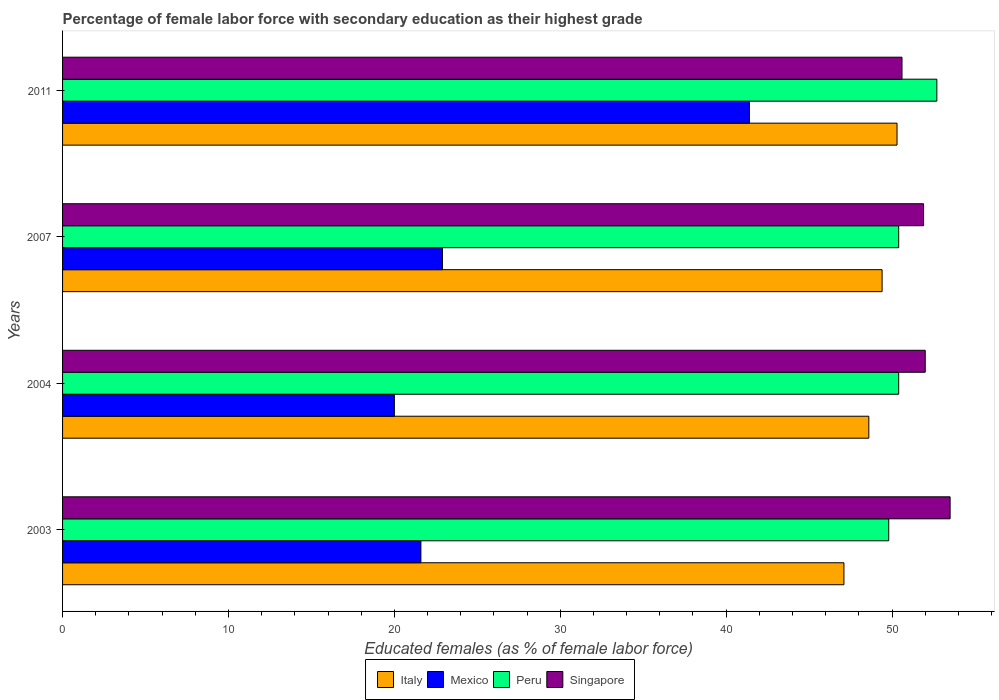
| Years | Italy | Mexico | Peru | Singapore |
 | --- | --- | --- | --- | --- |
 | 2003 | 47.1 | 21.6 | 49.8 | 53.5 |
 | 2004 | 48.6 | 20 | 50.4 | 52 |
 | 2007 | 49.4 | 22.9 | 50.4 | 51.9 |
 | 2011 | 50.3 | 41.4 | 52.7 | 50.6 |